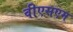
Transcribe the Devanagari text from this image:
वीएसएम